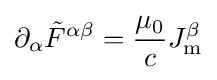
\partial _{\alpha }{{\tilde {F}}^{\alpha \beta }}={\frac {\mu _{0}}{c}}J_{\mathrm {m} }^{\beta }